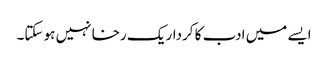
ایسے میں ادب کا کردار یک رخا نہیں ہو سکتا۔